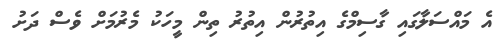
އެ މައްސަލާގައި ގާސިމްގެ އިތުރުން އިތުރު ތިން މީހަކު މެރުމަށް ވެސް ދަށު